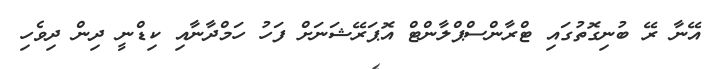
އޭނާ ރޭ ބުނިގޮތުގައި ޓްރާންސްޕްލާންޓް އޮޕަރޭޝަނަށް ފަހު ހަމްދާނާއި ކިޑްނީ ދިން ދިވެހި